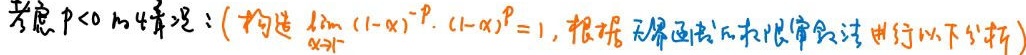
考虑 $p<0$ 的情况: (构造 $\lim\limits_{\alpha \to 1^{-}}(1 - \alpha)^{-p}\cdot(1 - \alpha)^{p}=1$, 根据无穷函数的极限审敛法进行以下分析)